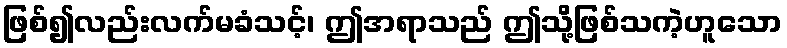
ဖြစ်၍လည်းလက်မခံသင့်၊ ဤအရာသည် ဤသို့ဖြစ်သကဲ့ဟူသော